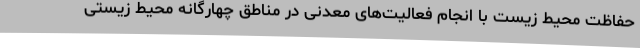
حفاظت محیط زیست با انجام فعالیت‌های معدنی در مناطق چهارگانه محیط زیستی